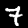
Label: 7